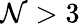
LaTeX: \mathcal{N}>3